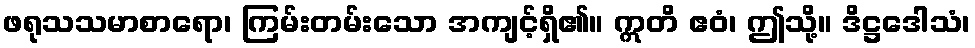
ဖရုသသမာစာရော၊ ကြမ်းတမ်းသော အကျင့်ရှိ၏။ ဣတိ ဧဝံ၊ ဤသို့။ ဒိဋ္ဌဒေါသံ၊